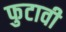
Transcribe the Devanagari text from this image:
फुटावी